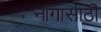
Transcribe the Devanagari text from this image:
नागासाठी